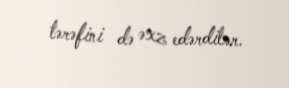
tərəfini də əxz edərdilər.